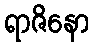
ရာဇိနော